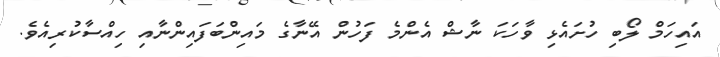
އައިހަމް ލޯބި ހުށައެޅި ވާހަކަ ނާޝް އެންމެ ފަހުން އޭނާގެ މައިންބަފައިންނާއި ހިއްސާކުރިއެވެ.